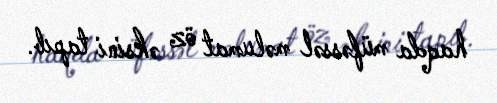
haqda müfəssəl məlumat öz əksini tapıb.